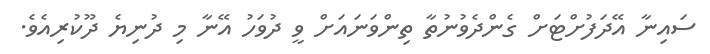
ސައިނާ އޭދަފުށްޓަށް ގެންދެވުނުތާ ތިންވަނައަށް ވީ ދުވަހު އޭނާ މި ދުނިޔެ ދޫކުރިއެވެ.